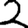
Digit: 2